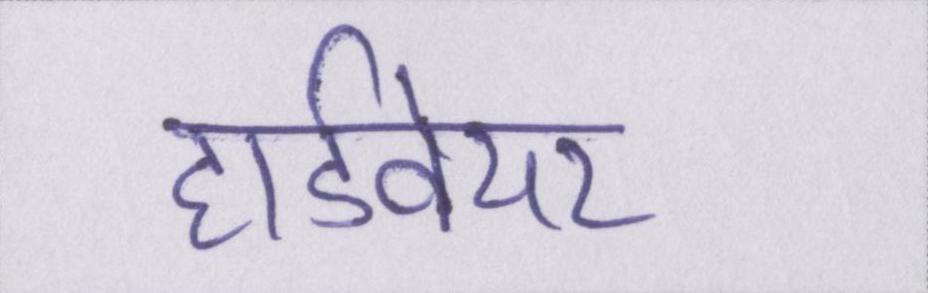
हार्डवेयर